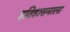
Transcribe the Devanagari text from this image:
इतिहासमाला